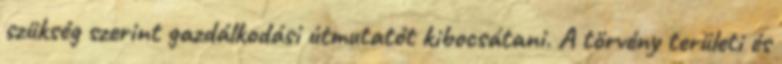
szükség szerint gazdálkodási útmutatót kibocsátani. A törvény területi és